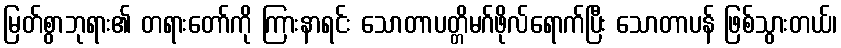
မြတ်စွာဘုရား၏ တရားတော်ကို ကြားနာရင်း သောတာပတ္တိမဂ်ဖိုလ်ရောက်ပြီး သောတာပန် ဖြစ်သွားတယ်၊